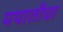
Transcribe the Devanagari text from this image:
ययातीचा